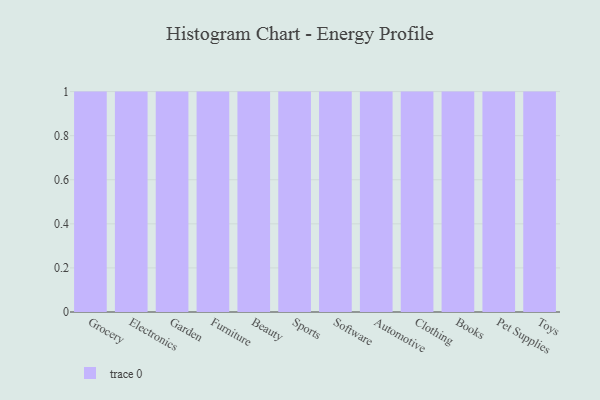
{"axis": {"x": "Category", "y": "Inventory Turnover"}, "legend": [""], "data": [{"x": "Grocery", "y": 62, "type": ""}, {"x": "Electronics", "y": 37, "type": ""}, {"x": "Garden", "y": 12, "type": ""}, {"x": "Furniture", "y": 5, "type": ""}, {"x": "Beauty", "y": 95, "type": ""}, {"x": "Sports", "y": 21, "type": ""}, {"x": "Software", "y": 92, "type": ""}, {"x": "Automotive", "y": 61, "type": ""}, {"x": "Clothing", "y": 10, "type": ""}, {"x": "Books", "y": 60, "type": ""}, {"x": "Pet Supplies", "y": 22, "type": ""}, {"x": "Toys", "y": 3, "type": ""}]}